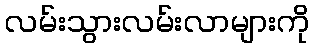
လမ်းသွားလမ်းလာများကို